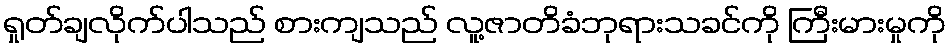
ရှုတ်ချလိုက်ပါသည် စားကျသည် လူ့ဇာတိခံဘုရားသခင်ကို ကြီးမားမှုကို